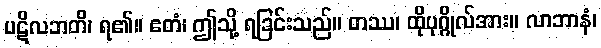
ပဋိလဘတိ၊ ရ၏။ ဧတံ၊ ဤသို့ ရခြင်းသည်။ တဿ၊ ထိုပုဂ္ဂိုလ်အား။ လာဘာနံ၊